Document type: Endowment
Year: 1330
Scribe: Arnau [Delpàs]
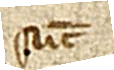
sunt